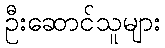
ဦးဆောင်သူများ